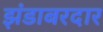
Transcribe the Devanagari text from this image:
झंडाबरदार